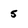
Character: 5